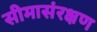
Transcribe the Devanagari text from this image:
सीमासंरक्षण